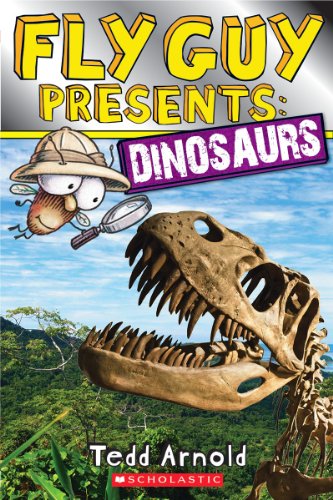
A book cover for Fly Guy Presents: Dinosaurs; Tedd Arnold; Children's Books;